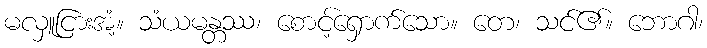
မလှူငြားအံ့။ သံယမန္တဿ၊ စောင့်ရှောက်သော။ တေ၊ သင်၏။ ဘောဂါ၊